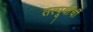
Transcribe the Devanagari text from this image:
तत्पूर्वींचीं